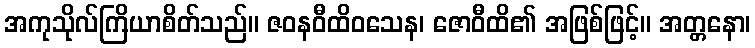
အကုသိုလ်ကြိယာစိတ်သည်။ ဇဝနဝီထိဝသေန၊ ဇောဝီထိ၏ အဖြစ်ဖြင့်။ အတ္တနော၊